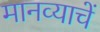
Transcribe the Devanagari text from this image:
मानव्याचें